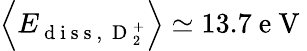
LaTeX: \left\langle E_{\mathrm{~d~i~s~s~,~}\mathrm{~D~}_{2}^{+}}\right\rangle\simeq 13.7\mathrm{~e~V~}